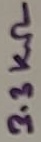
Text: 3.3KΩ